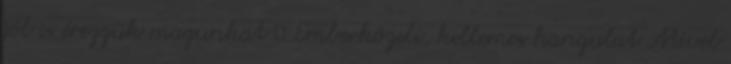
jól is érezzük magunkat 🙂 Emberközeli, kellemes hangulat Mivel